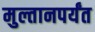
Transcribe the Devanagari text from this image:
मुल्तानपर्यंत